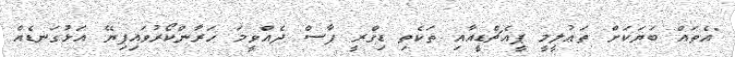
"އެތައް ބަޔަކަށް ތަޢުލީމީ ޕީއެޗްޑީއާއި ތަކެތި ޑިގްރީ ފާސް ދެއްވީމަ ހަރާންކޯރުވައިފިޔޭ އަޅުގަނޑެއް